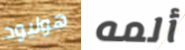
هوليود ألمه